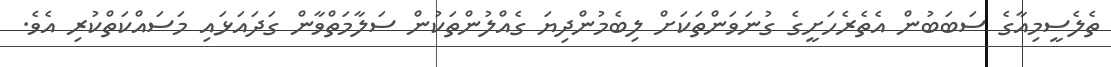
ތެލެސީމިއާގެ ސަބަބުން އެތެރެހަށީގެ ގުނަވަންތަކަށް ލިބެމުންދިޔަ ގެއްލުންތަކުން ސަލާމަތްވާން ގަދައަޅައި މަސައްކަތްކުރި އެވެ.